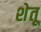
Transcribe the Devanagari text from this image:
शेतू